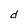
Character: d